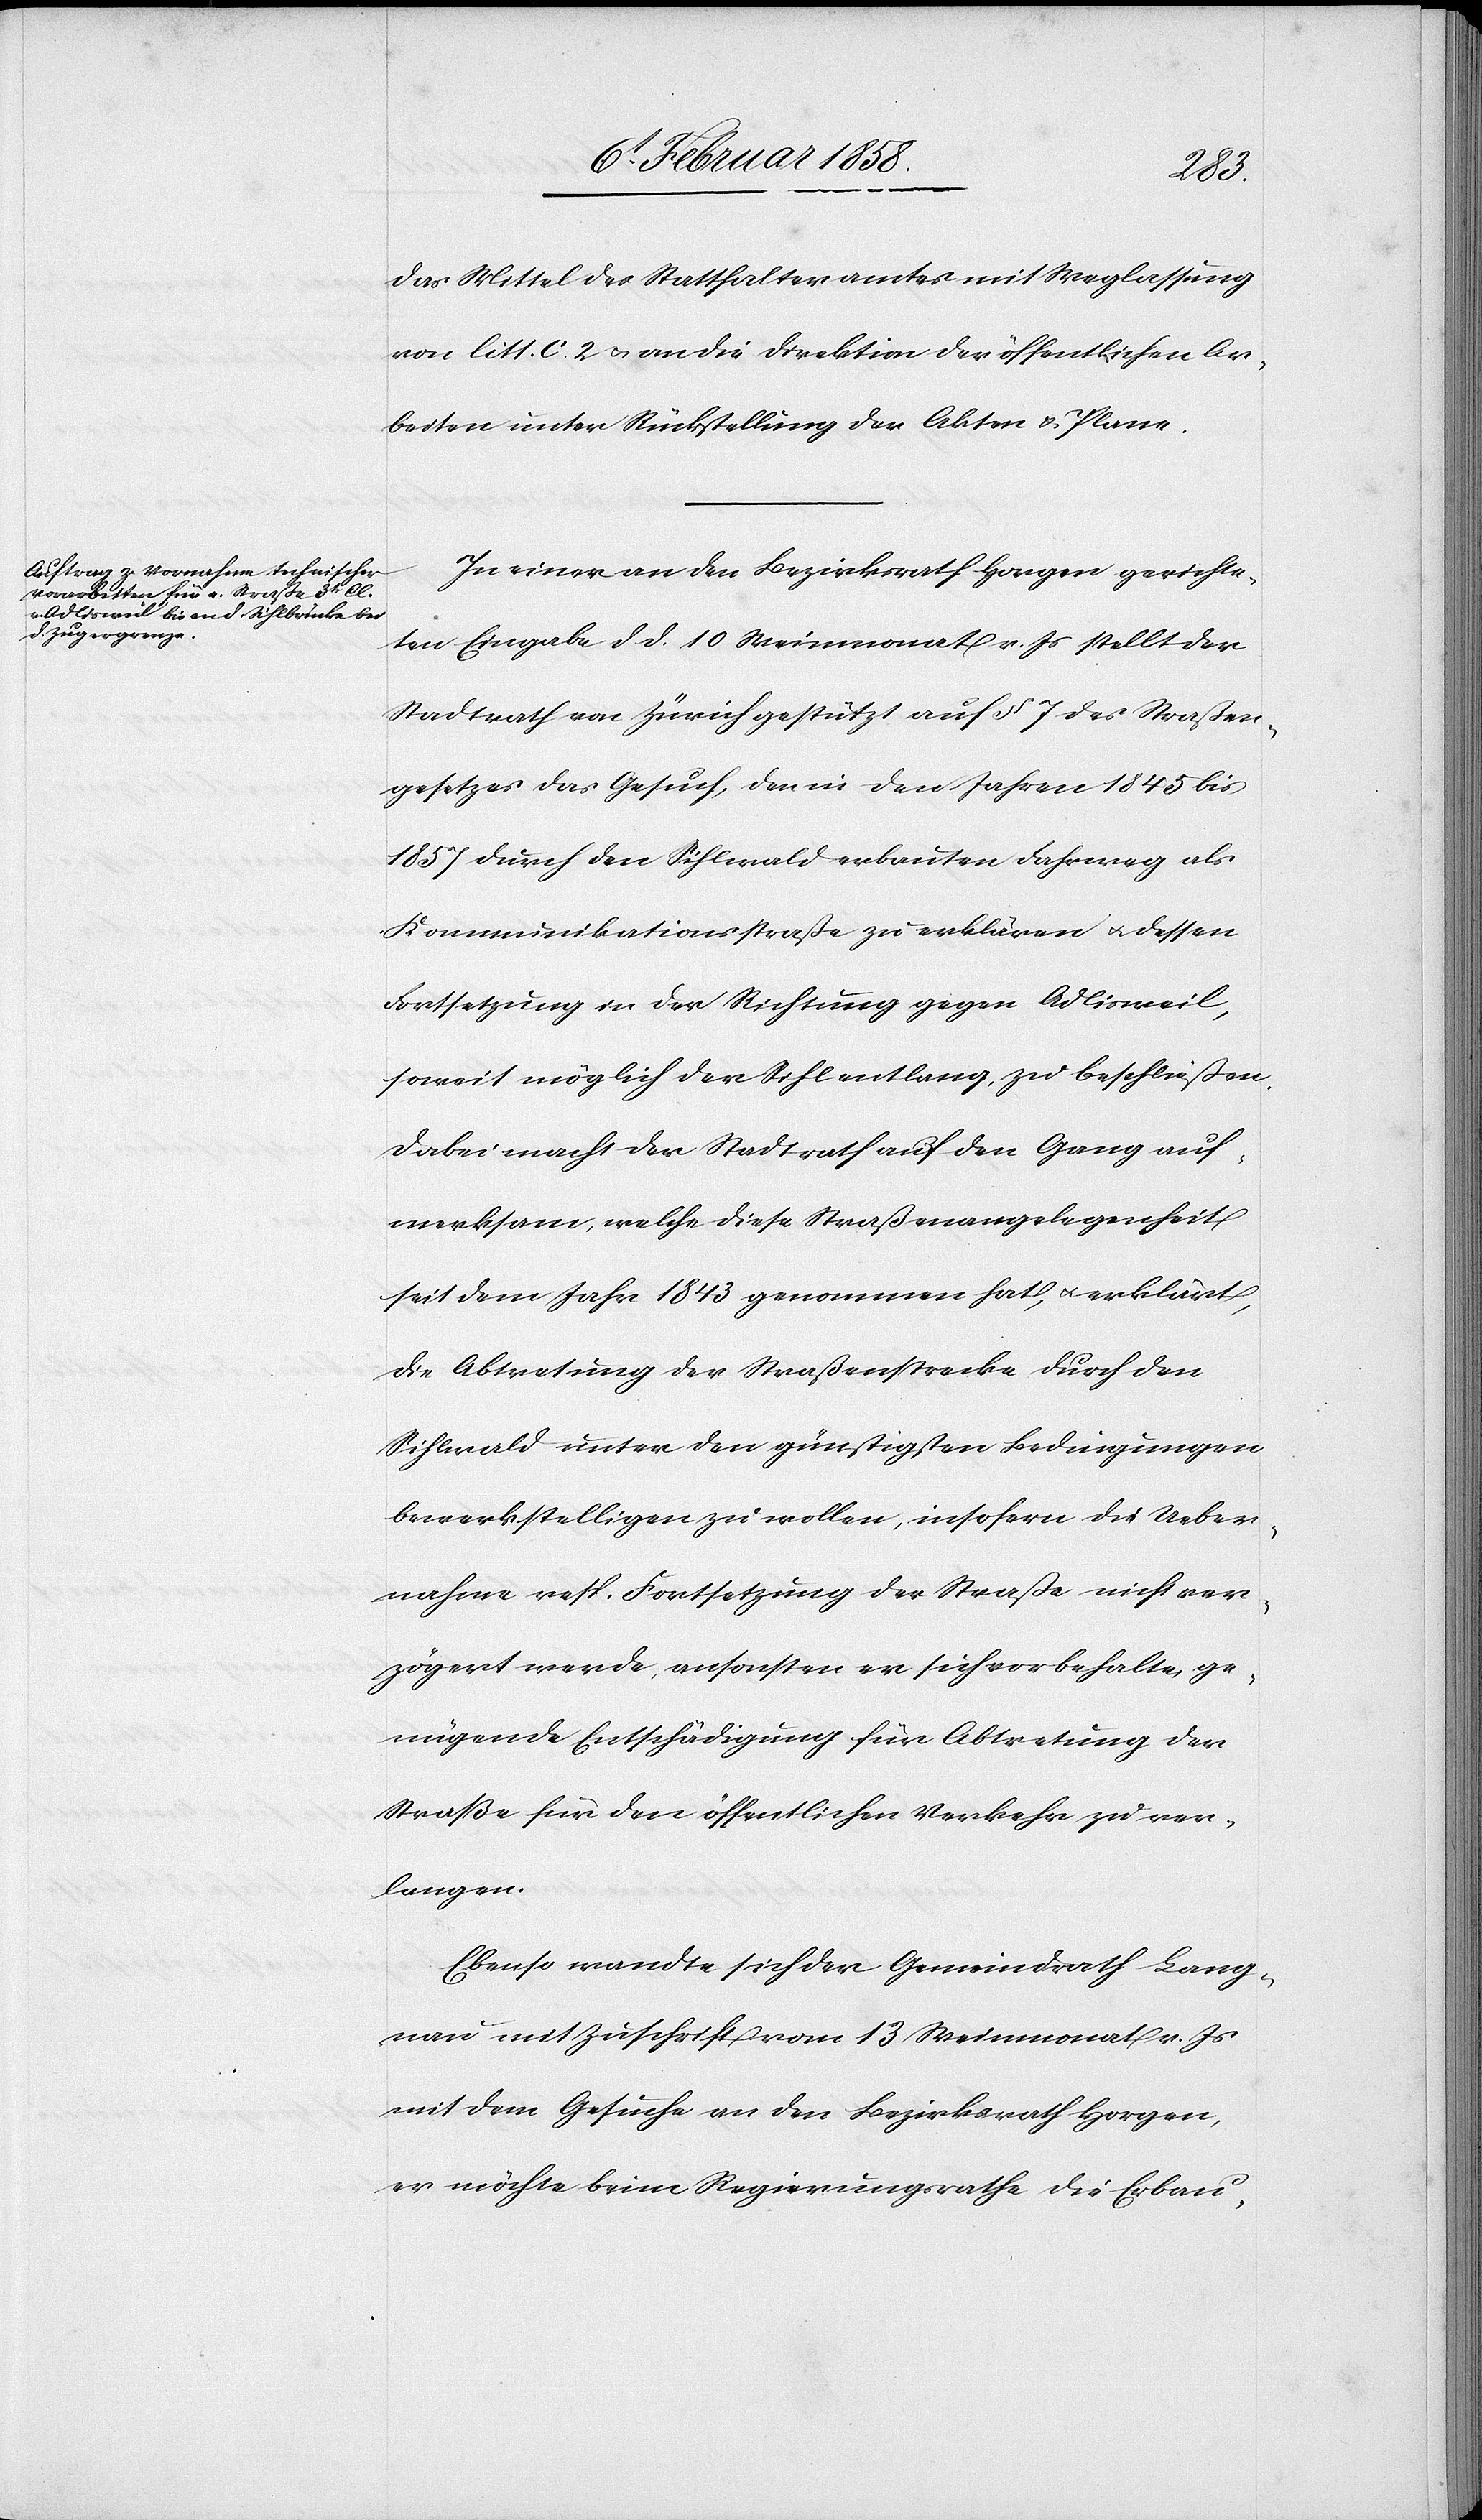
das Mittel des Statthalteramtes mit Weglassung
von litt. c. 2 u. an die Direktion der öffentlichen Ar¬
beiten unter Rückstellung der Akten u. Pläne.
In einer an den Bezirksrath Horgen gerichte¬
ten Eingabe d. d. 10 Weinmonat v. Js. stellt der
Stadtrath von Zürich gestützt auf § 7 des Straßen¬
gesetzes das Gesuch, den in den Jahren 1845 bis
1857 durch den Sihlwald erbauten Fahrweg als
Kommunikationsstraße zu erklären u. dessen
Fortsetzung in der Richtung gegen Adlisweil,
soweit möglich der Sihl entlang, zu beschließen.
Dabei macht der Stadtrath auf den Gang auf¬
merksam, welche diese Straßenangelegenheit
seit dem Jahr 1843 genommen hat, u. erklärt,
die Abtretung der Straßenstrecke durch den
Sihlwald unter den günstigsten Bedingungen
bewerkstelligen zu wollen, insofern die Ueber¬
nahme resp. Fortsetzung der Straße nicht ver¬
zögert werde, ansonsten er sich vorbehalte, ge¬
nügende Entschädigung für Abtretung der
Straße für den öffentlichen Verkehr zu ver¬
langen.
Ebenso wandte sich der Gemeindrath Lang¬
nau mit Zuschrift vom 13 Weinmonat v. Js
mit dem Gesuche an den Bezirksrath Horgen,
er möchte beim Regierungsrathe die Erbau-